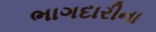
ભાગદારીના